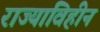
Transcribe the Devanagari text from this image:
राज्याविहीन